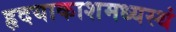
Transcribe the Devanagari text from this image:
हृदयाकाशमध्यस्थं